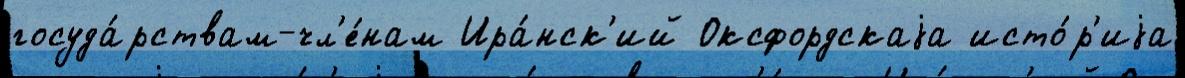
госуда́рствам-чл'е́нам Ира́нск'ий Оксфордскаjа исто́р'иjа